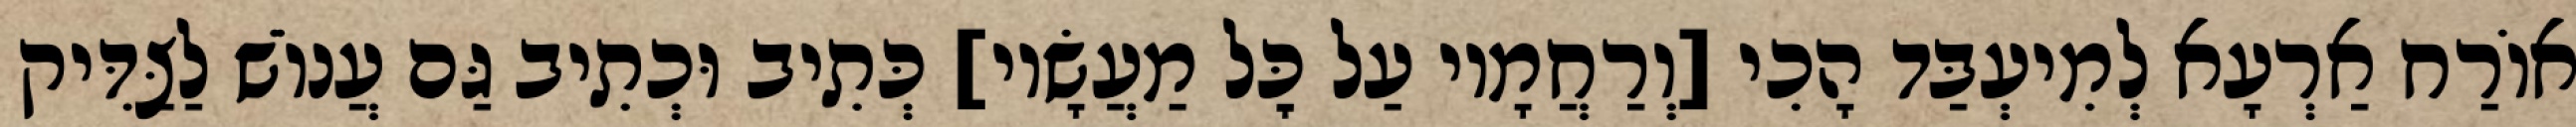
אוֹרַח אַרְעָא לְמִיעְבַּד הָכִי [וְרַחֲמָיו עַל כׇּל מַעֲשָׂיו] כְּתִיב וּכְתִיב גַּם עֲנוֹשׁ לַצַּדִּיק